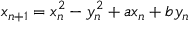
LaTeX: x _ { n + 1 } = x _ { n } ^ { 2 } - y _ { n } ^ { 2 } + a x _ { n } + b y _ { n }